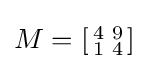
{\textstyle M=\left[{\begin{smallmatrix}4&9\\1&4\end{smallmatrix}}\right]}